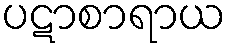
ပဋာစာရာယ